Indian Civil Veterinary Department memoirs
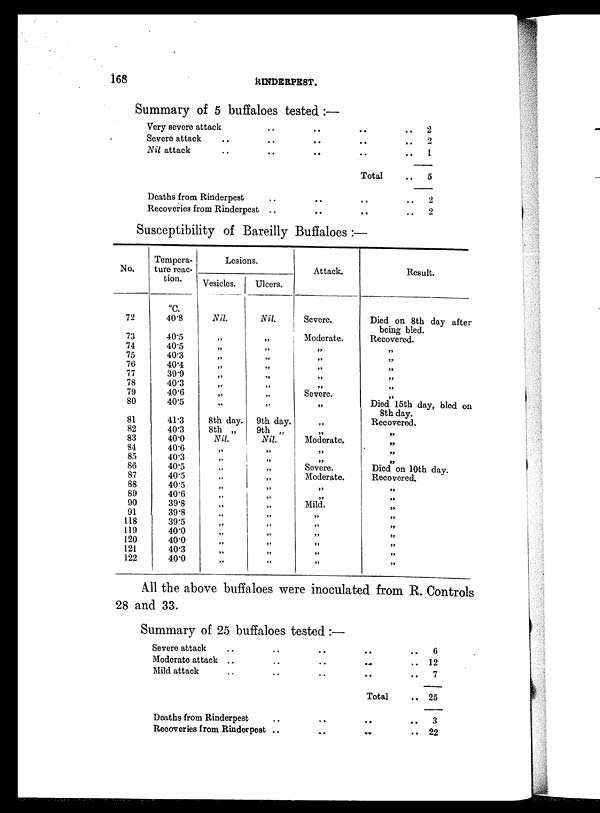
168
RINDERPEST.
Summary of 5 buffaloes tested:—
Very severe attack
Severe attack ..
Nil attack ..
Deaths from Rinderpest
Recoveries from Rinderpest
..
..
..
..
..
..
..
..
..
..
..
..
Total
..
..
..
2
.. 2
.. 1
..
5
..
2
.. 2
Susceptibility of Bareilly Buffaloes:—
No.
72
73
74
75
76
77
78
79
80
81
82
83
84
85
86
87
88
89
90
91
118
119
120
121
122
Tempera-
ture reac-
tion.
ºC.
40.8
40.5
40.5
40.3
40.4
39.9
40.3
40.6
40.5
41.3
40.3
40.0
40.6
40.3
40.5
40.5
40.5
40.6
39.8
39.8
39.5
40.0
40.0
40.3
40.0
Lesions.
Vesicles.
Nil.
„
„
„
„
„
„
„
8th day.
8th „
Nil.
„
„
„
„
„
„
„
„
„
„
„
Ulcers.
Nil.
„
„
„
„
„
„
„
9th day.
9th ...
Nil.
„
„
„
„
„
„
„
„
„
„
„
„
„
Attack.
Severe.
Moderate.
„
„
„
„
„
Severe.
„
„
„
Moderate.
„
„
Severe.
Moderate.
„
„
Mild.
„
„
„
„
„
„
Result.
Died on 8th day after
being bled.
Recovered.
„
„
„
„
„
„
Died 15th day, bled on
8th day.
Recovered.
„
„
„
„
Died on 10th day.
Recovered.
„
„
„
„
„
„
„
„
„
All the above buffaloes were inoculated from R. Controls
28 and 33.
Summary of 25 buffaloes tested:—
Severe attack
Moderate attack . .
Mild attack
Deaths from Rinderpest
Recoveries from Rinderpest
..
..
..
..
..
..
..
..
..
..
..
..
Total
..
...
..
6
.. 12
..
7
.. 25
..
3
.. 22